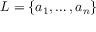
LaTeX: L = \{ a _ { 1 } , \ldots , a _ { n } \}